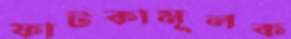
ফাটকামূলক